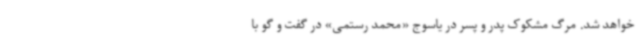
خواهد شد. مرگ مشکوک پدر و پسر در یاسوج «محمد رستمی» در گفت و گو با